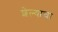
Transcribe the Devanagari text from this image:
शेल्याचा